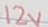
Text: 12V